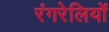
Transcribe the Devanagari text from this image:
रंगरेलियों